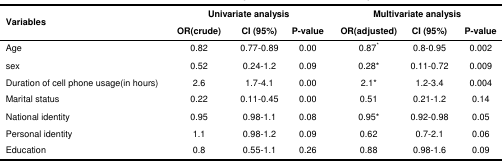
<table><thead><tr><td rowspan="2"><b>Variables</b></td><td colspan="3"><b>Univariate analysis</b></td><td colspan="3"><b>Multivariate analysis</b></td></tr><tr><td><b>OR(crude)</b></td><td><b>CI (95%)</b></td><td><b>P-value</b></td><td><b>OR(adjusted)</b></td><td><b>CI (95%)</b></td><td><b>P-value</b></td></tr></thead><tbody><tr><td>Age</td><td>0.82</td><td>0.77-0.89</td><td>0.00</td><td>0.87<sup>*</sup></td><td>0.8-0.95</td><td>0.002</td></tr><tr><td>sex</td><td>0.52</td><td>0.24-1.2</td><td>0.09</td><td>0.28*</td><td>0.11-0.72</td><td>0.009</td></tr><tr><td>Duration of cell phone usage(in hours)</td><td>2.6</td><td>1.7-4.1</td><td>0.00</td><td>2.1*</td><td>1.2-3.4</td><td>0.004</td></tr><tr><td>Marital status</td><td>0.22</td><td>0.11-0.45</td><td>0.00</td><td>0.51</td><td>0.21-1.2</td><td>0.14</td></tr><tr><td>National identity</td><td>0.95</td><td>0.98-1.1</td><td>0.08</td><td>0.95*</td><td>0.92-0.98</td><td>0.05</td></tr><tr><td>Personal identity</td><td>1.1</td><td>0.98-1.2</td><td>0.09</td><td>0.62</td><td>0.7-2.1</td><td>0.06</td></tr><tr><td>Education</td><td>0.8</td><td>0.55-1.1</td><td>0.26</td><td>0.88</td><td>0.98-1.6</td><td>0.09</td></tr></tbody></table>